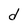
Character: d